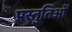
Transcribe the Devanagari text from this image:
प्रस्तुतिओं